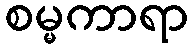
စမ္မကာရာ